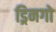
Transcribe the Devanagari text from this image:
ड्रिनगो